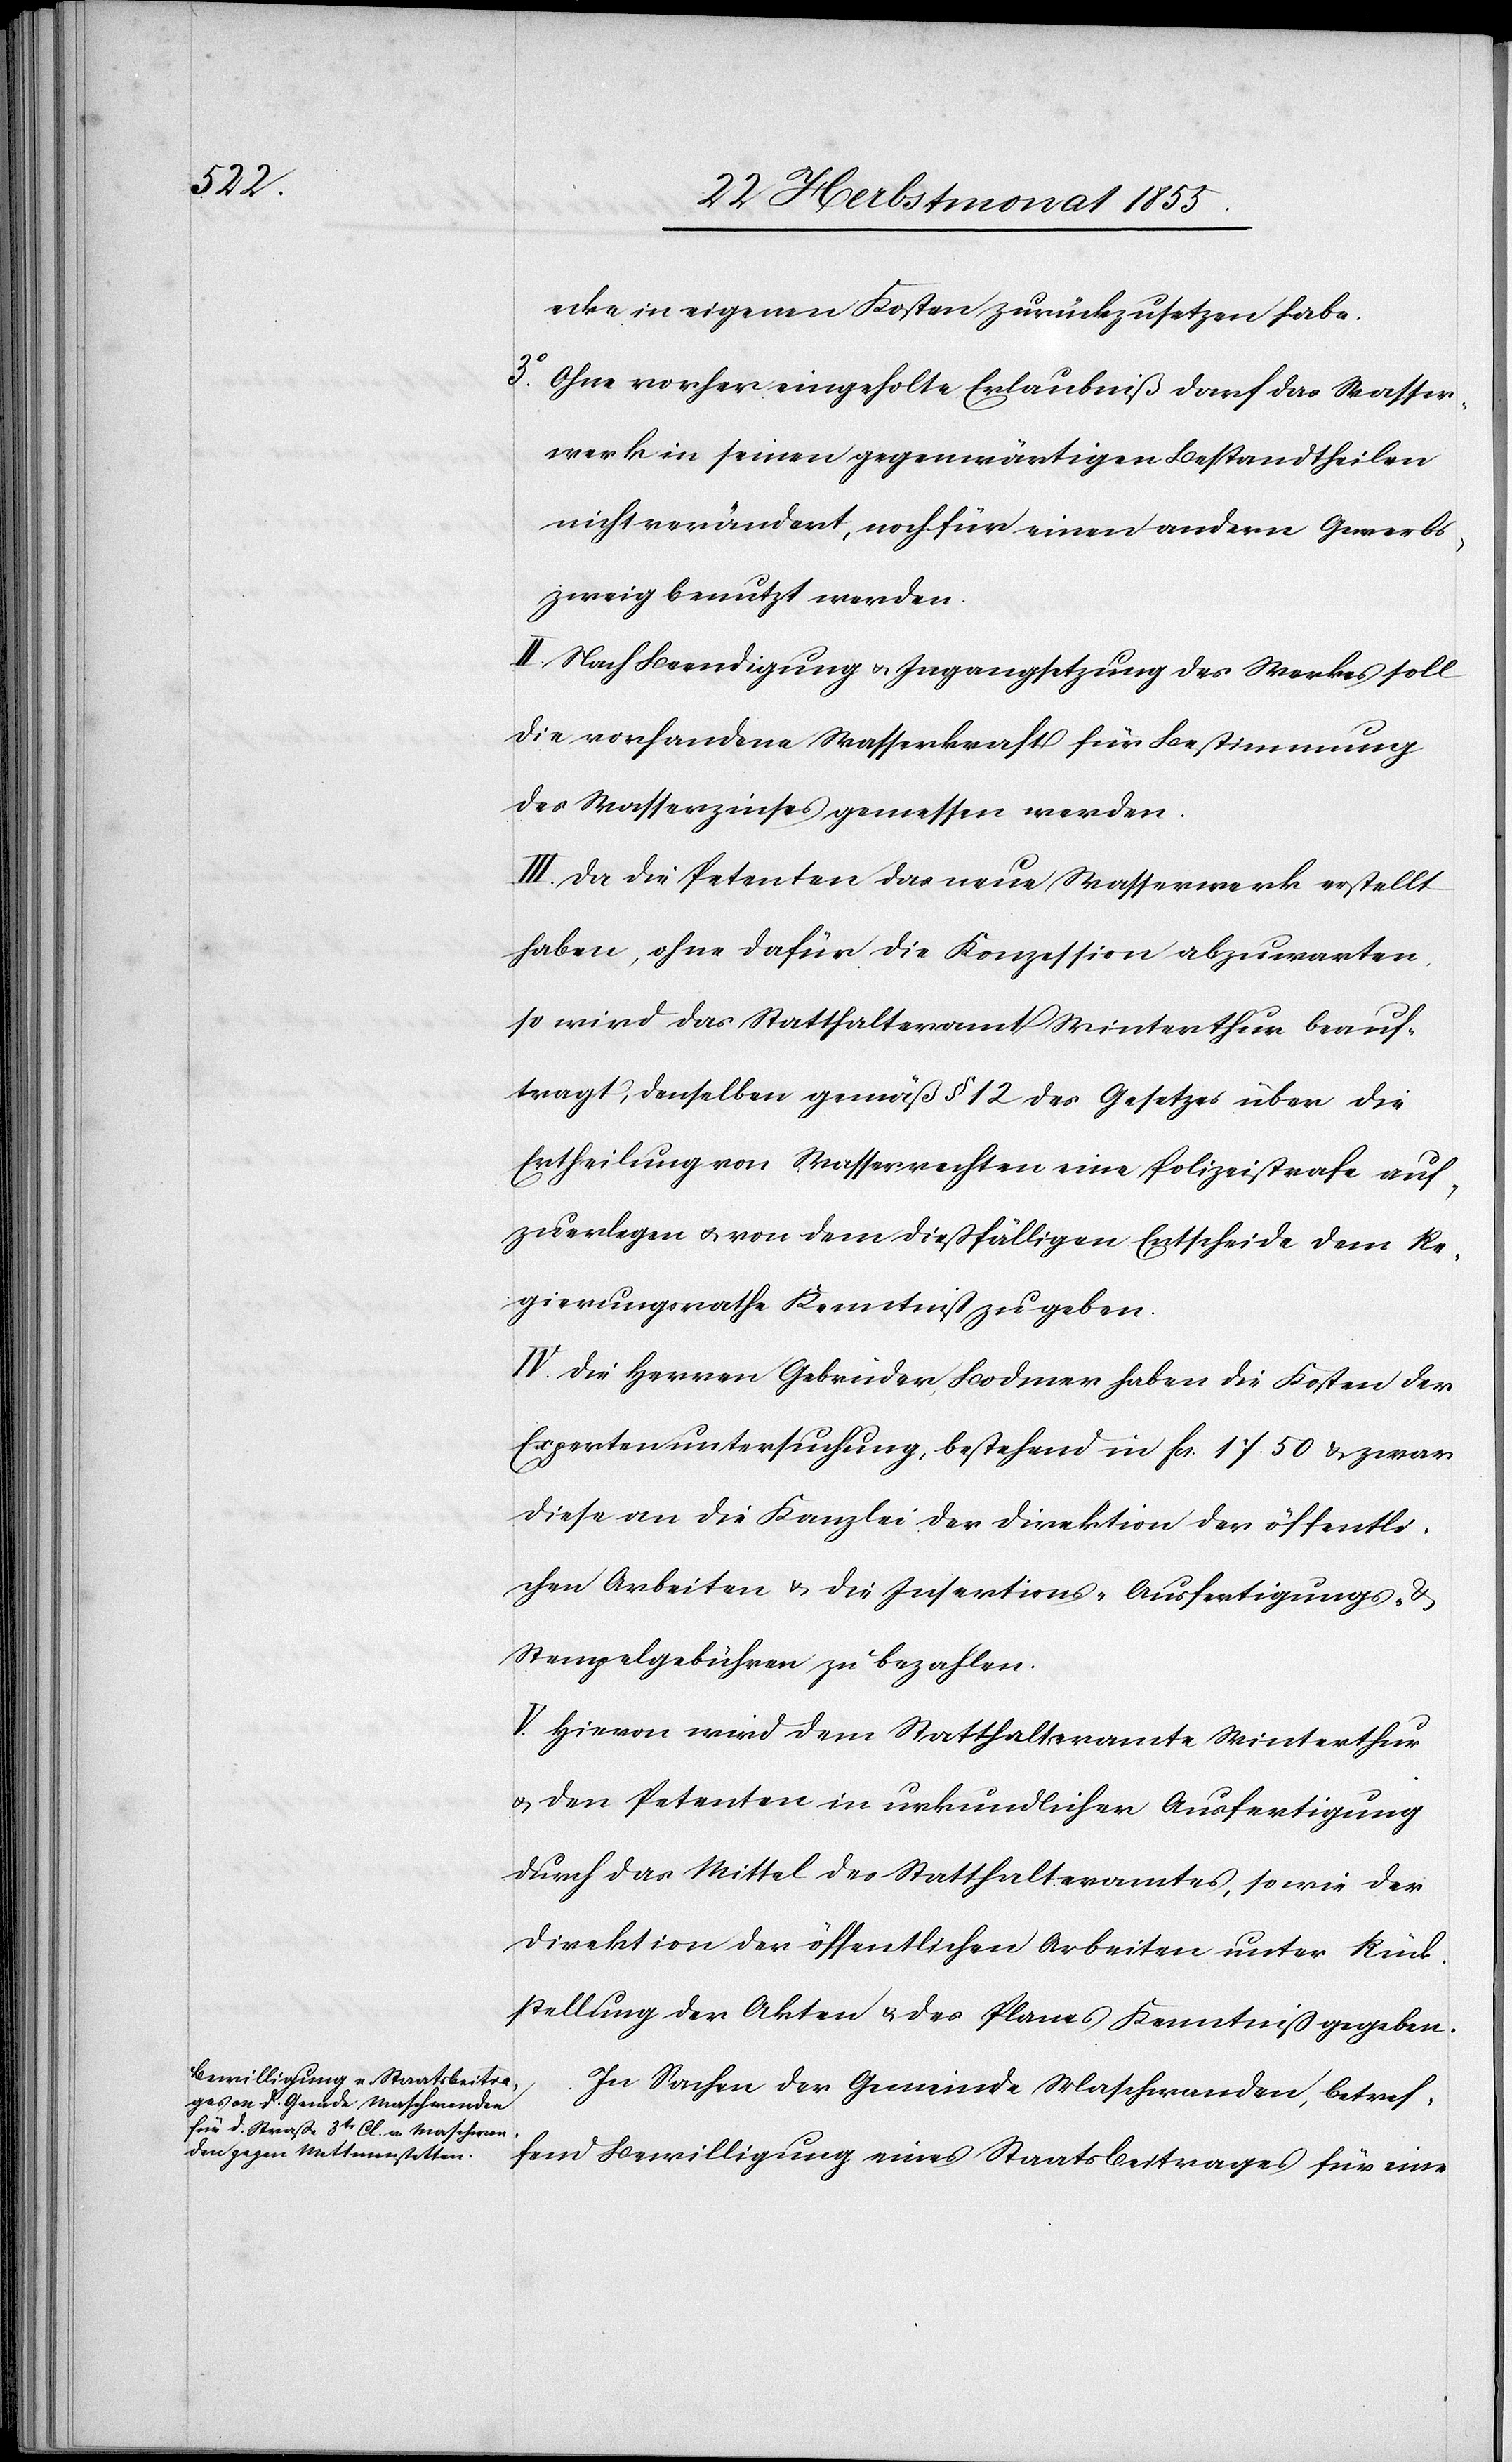
ecke in eigenen Kosten zurückzusetzen habe.
Ohne vorher eingeholte Erlaubniß darf das Wasser¬
werk in seinen gegenwärtigen Bestandtheilen
nicht verändert, noch für einen andern Gewerbs¬
zweig benutzt werden.
II. Nach Beendigung & Ingangsetzung des Werkes soll
die vorhandene Wasserkraft für Bestimmung
des Wasserzinses gemessen werden.
III. Da die Petenten das neue Wasserwerk erstellt
haben, ohne dafür die Konzession abzuwarten,
so wird das Statthalteramt Winterthur beauf¬
tragt, denselben gemäß § 12 des Gesetzes über die
Ertheilung von Wasserrechten eine Polizeistrafe auf¬
zuerlegen & von dem dießfälligen Entscheide dem Re¬
gierungsrathe Kenntniß zu geben.
IV. Die Herren Gebrüder Bodmer haben die Kosten der
Expertenuntersuchung, bestehend in Fcs. 17. 50 & zwar
diese an die Kanzlei der Direktion der öffentli¬
chen Arbeiten & die Insertions-[,] Ausfertigungs- &
Stempelgebühren zu bezahlen.
V. Hievon wird dem Statthalteramte Winterthur
& den Petenten in urkundlicher Ausfertigung
durch das Mittel des Statthalteramtes, sowie der
Direktion der öffentlichen Arbeiten unter Rück¬
stellung der Akten & des Planes Kenntniß gegeben.
In Sachen der Gemeinde Maschwanden, betref¬
fend Bewilligung eines Staatsbeitrages für eine